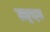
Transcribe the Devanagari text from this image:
टाङ्गाइल